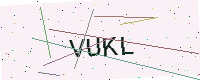
Text: VUKL